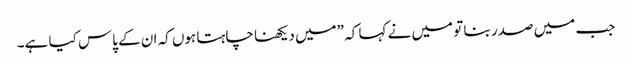
جب میں صدر بنا تو میں نے کہا کہ ”میں دیکھنا چاہتا ہوں کہ ان کے پاس کیا ہے۔